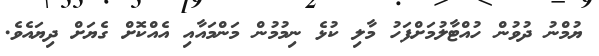
ޔުމްނު ދުވުން ހުއްޓާލުމަށްފަހު މާލި ކުޅެ ނިމުމުން މަންމައާއި އެއްކޮށް ގެޔަށް ދިޔައެވެ.